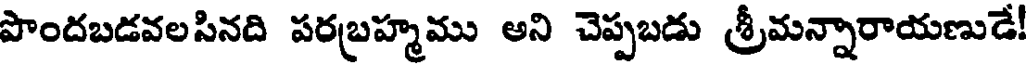
పొందబడవలసినది పరబ్రహ్మము అని చెప్పబడు శ్రీమన్నారాయణుడే!